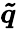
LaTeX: \boldsymbol{\tilde{q}}